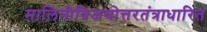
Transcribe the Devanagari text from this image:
मालिनीविजयोत्तरतंत्राधारित